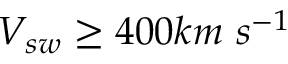
V _ { s w } \geq 4 0 0 k m ~ s ^ { - 1 }